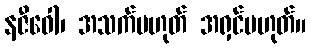
နဇီဝေါ၊ အသက်မဟုတ် အရှင်မဟုတ်။